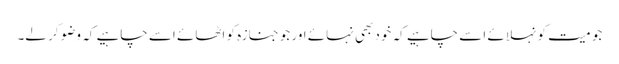
جو میت کو نہلائے اسے چاہیے کہ خود بھی نہائے اور جو جنازہ کو اٹھائے اسے چاہیے کہ وضو کر لے۔